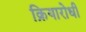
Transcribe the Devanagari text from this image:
क्रियारोधी